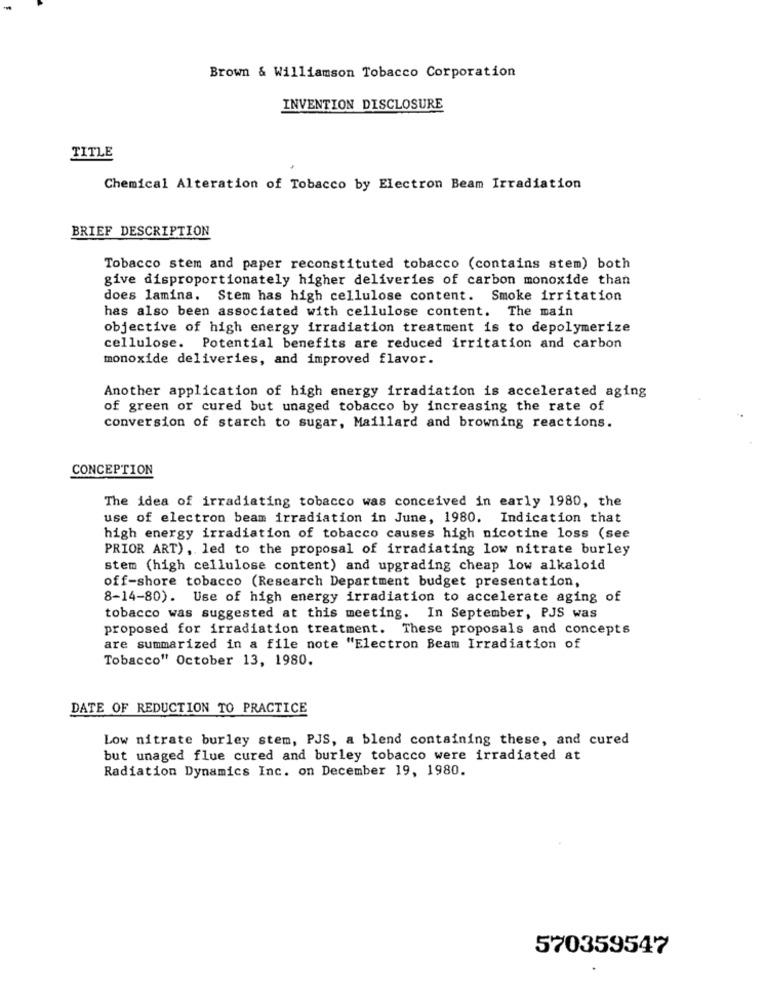
Brown & Williamson Tobacco Corporation
INVENTION DISCLOSURE
TITLE
Chemical Alteration of Tobacco by Electron Beam Irradiation
BRIEF DESCRIPTION
Tobacco stem and paper reconstituted tobacco (contains stem) both
give disproportionately higher deliveries of carbon monoxide than
does lamina. Stem has high cellulose content. Smoke irritation
has also been associated with cellulose content. The main
objective of high energy irradiation treatment is to depolymerize
cellulose. Potential benefits are reduced irritation and carbon
monoxide deliveries, and improved flavor.
Another application of high energy irradiation is accelerated aging
of green or cured but unaged tobacco by increasing the rate of
conversion of starch to sugar, Maillard and browning reactions.
CONCEPTION
The idea of irradiating tobacco was conceived in early 1980, the
use of electron beam irradiation in June, 1980. Indication that
high energy irradiation of tobacco causes high nicotine loss (see
PRIOR ART), led to the proposal of irradiating low nitrate burley
stem (high cellulose content) and upgrading cheap low alkaloid
off-shore tobacco (Research Department budget presentation,
8-14-80). Use of high energy irradiation to accelerate aging of
tobacco was suggested at this meeting. In September, PJS was
proposed for irradiation treatment. These proposals and concepts
are summarized in a file note "Electron Beam Irradiation of
Tobacco" October 13, 1980.
DATE OF REDUCTION TO PRACTICE
Low nitrate burley stem, PJS, a blend containing these, and cured
but unaged flue cured and burley tobacco were irradiated at
Radiation Dynamics Inc. on December 19, 1980.
570359547